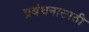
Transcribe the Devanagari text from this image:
प्रबंधनासाठी